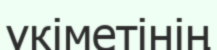
үкіметінің